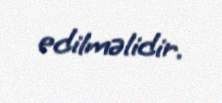
edilməlidir.